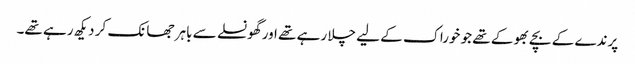
پرندے کے بچے بھوکے تھے جو خوراک کے لیے چلا رہے تھے اور گھونسلے سے باہر جھانک کر دیکھ رہے تھے۔